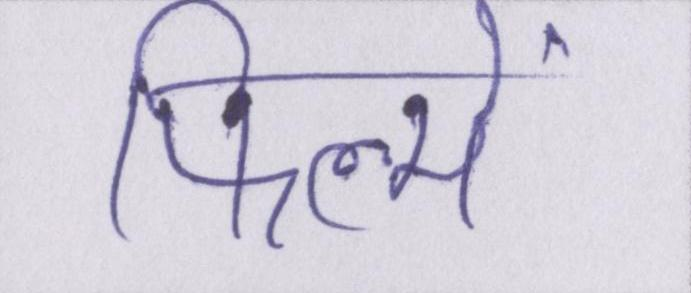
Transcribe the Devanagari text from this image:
फिल्में